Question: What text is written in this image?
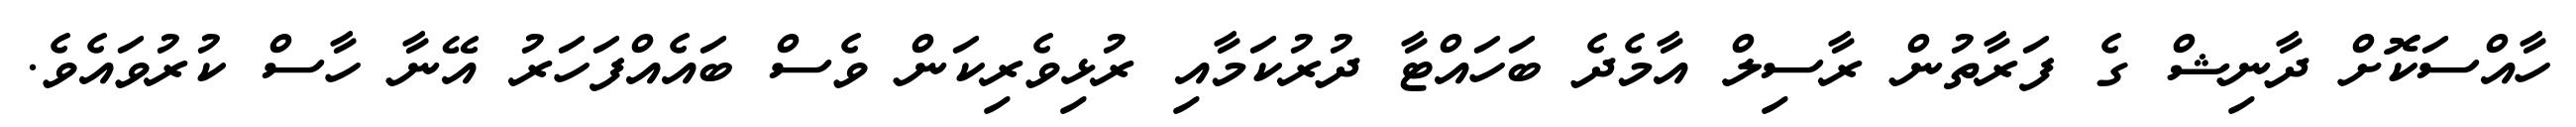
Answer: ހާއްސަކޮށް ދާނިޝް ގެ ފަރާތުން ރާސިލް އާމެދެ ބަހައްޓާ ދުރުކަމާއި ރުޅިވެރިކަން ވެސް ބައެއްފަހަރު އޭނާ ހާސް ކުރުވައެވެ.